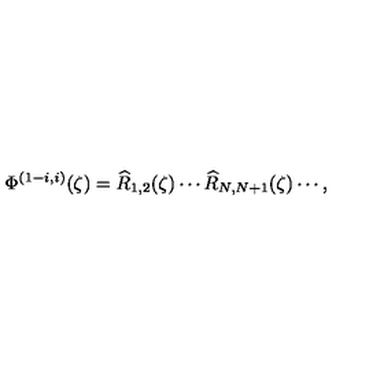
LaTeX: \Phi ^ { ( 1 - i , i ) } ( \zeta ) = \widehat { R } _ { 1 , 2 } ( \zeta ) \cdots \widehat { R } _ { N , N + 1 } ( \zeta ) \cdots ,